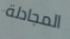
المجادلة